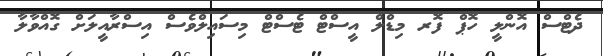
ދެޓްސް އޮންލީ ހޮޕް ފޮރ މިޑްލް އީސްޓް ޓެސްޓް މިސަައިލްވެސް އިސްރާއީލަށް ގޮއްވާލާ